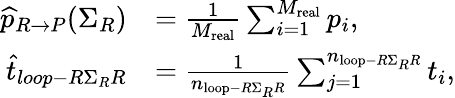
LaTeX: \begin{array}{rl}{\widehat{p}_{R\rightarrow P}(\Sigma_{R})}&{=\frac{1}{M_{\mathrm{real}}}\sum_{i=1}^{M_{\mathrm{real}}}p_{i},}\\ {\widehat{t}_{loop-R\Sigma_{R}R}}&{=\frac{1}{n_{\mathrm{loop}-R\Sigma_{R}R}}\sum_{j=1}^{n_{\mathrm{loop}-R\Sigma_{R}R}}t_{i},}\end{array}